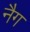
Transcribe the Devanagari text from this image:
नैग